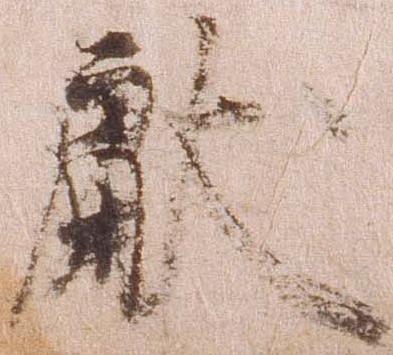
献